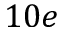
1 0 e